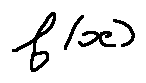
f ( x )